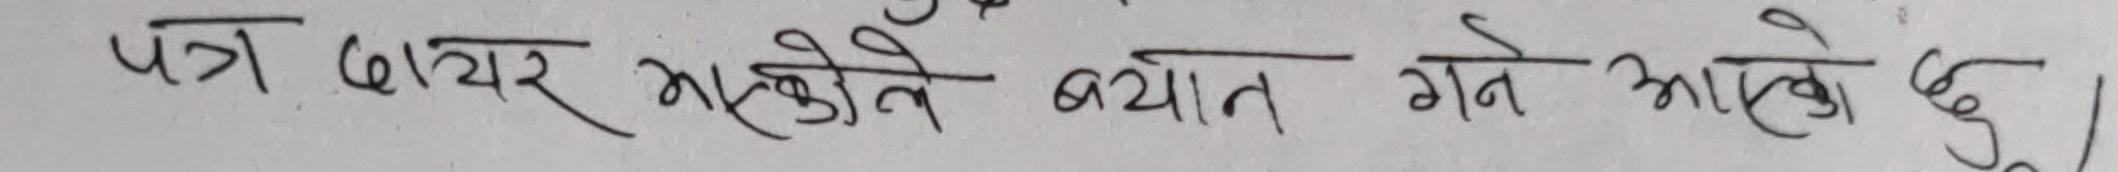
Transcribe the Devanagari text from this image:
पत्र दायर भएकोले बयान गर्ने आएको छु।